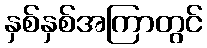
နှစ်နှစ်အကြာတွင်